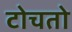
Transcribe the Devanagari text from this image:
टोचतो